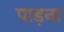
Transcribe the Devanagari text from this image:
पाड़ना